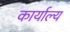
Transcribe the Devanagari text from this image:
कार्याल्य